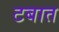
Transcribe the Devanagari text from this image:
टबात